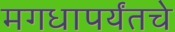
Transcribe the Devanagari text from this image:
मगधापर्यंतचे